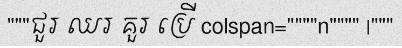
"""ជួរ ឈរ គួរ ប្រើ colspan=""""n"""" |"""